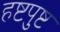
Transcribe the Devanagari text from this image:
हष्टपुष्ट